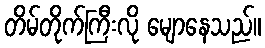
တိမ်တိုက်ကြီးလို မျောနေသည်။